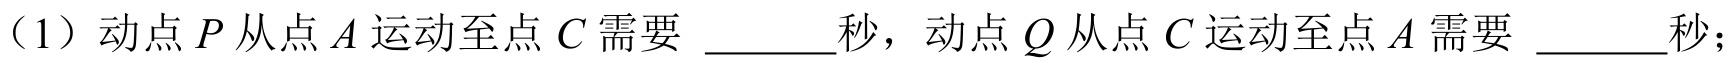
（1）动点\(P\)从点\(A\)运动至点\(C\)需要 \_\_\_\_秒，动点\(Q\)从点\(C\)运动至点\(A\)需要 \_\_\_\_秒；